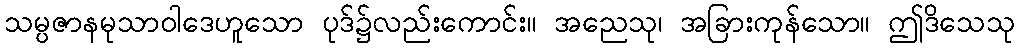
သမ္ပဇာနမုသာဝါဒေဟူသော ပုဒ်၌လည်းကောင်း။ အညေသု၊ အခြားကုန်သော။ ဤဒိသေသု